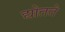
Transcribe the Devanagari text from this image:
द्योतते